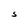
Character: S